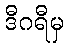
ဒီဂရီမှ